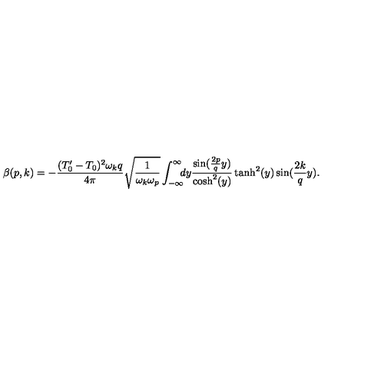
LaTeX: \beta ( p , k ) = - \frac { ( T _ { 0 } ^ { \prime } - T _ { 0 } ) ^ { 2 } \omega _ { k } q } { 4 \pi } \sqrt { \frac { 1 } { \omega _ { k } \omega _ { p } } } \int _ { - \infty } ^ { \infty } \! \! \! d y \frac { \sin ( \frac { 2 p } { q } y ) } { \mathrm { c o s h } ^ { 2 } ( y ) } \tanh ^ { 2 } ( y ) \sin ( \frac { 2 k } { q } y ) .